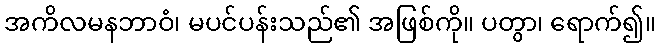
အကိလမနဘာဝံ၊ မပင်ပန်းသည်၏ အဖြစ်ကို။ ပတွာ၊ ရောက်၍။